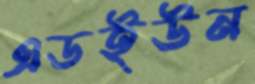
এডইউন